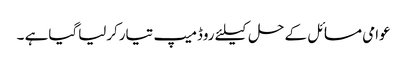
عوامی مسائل کے حل کیلئے روڈمیپ تیارکرلیاگیاہے ۔